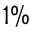
1 \%